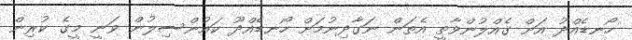
ހޯނޑެއްދު އަށް ގެއްލުންވާތީ އެތަން ނަގާދިނުމަށް ހޯނޑެއްދޫ ކައުންސިލުން ވަނީ މީގެ ކުރިން